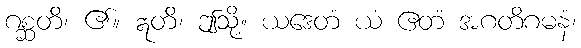
ဂစ္ဆတိ၊ ၏။ ဣတိ၊ ဤသို့။ ယဒေတံ ယံ ဧတံ အဂတိဂမနံ၊